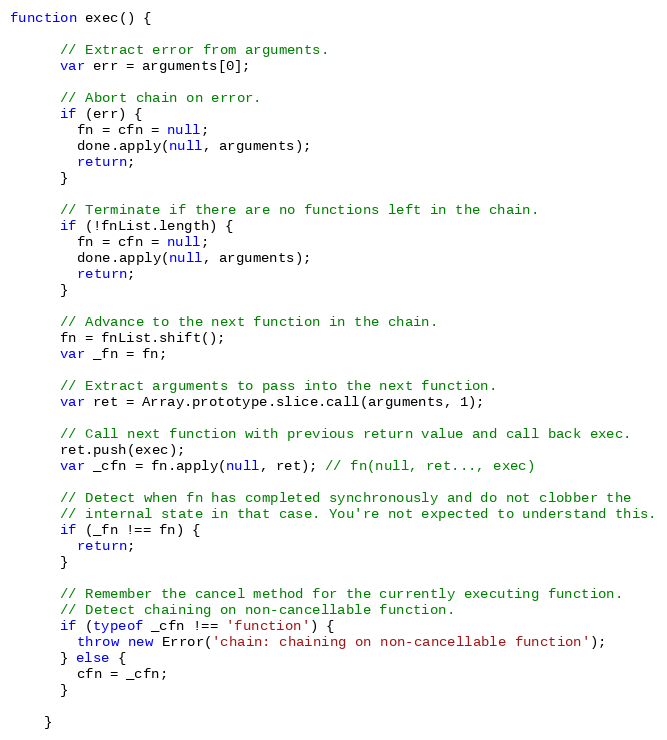
Language: JavaScript
function exec() {

      // Extract error from arguments.
      var err = arguments[0];

      // Abort chain on error.
      if (err) {
        fn = cfn = null;
        done.apply(null, arguments);
        return;
      }

      // Terminate if there are no functions left in the chain.
      if (!fnList.length) {
        fn = cfn = null;
        done.apply(null, arguments);
        return;
      }

      // Advance to the next function in the chain.
      fn = fnList.shift();
      var _fn = fn;

      // Extract arguments to pass into the next function.
      var ret = Array.prototype.slice.call(arguments, 1);

      // Call next function with previous return value and call back exec.
      ret.push(exec);
      var _cfn = fn.apply(null, ret); // fn(null, ret..., exec)

      // Detect when fn has completed synchronously and do not clobber the
      // internal state in that case. You're not expected to understand this.
      if (_fn !== fn) {
        return;
      }

      // Remember the cancel method for the currently executing function.
      // Detect chaining on non-cancellable function.
      if (typeof _cfn !== 'function') {
        throw new Error('chain: chaining on non-cancellable function');
      } else {
        cfn = _cfn;
      }

    }